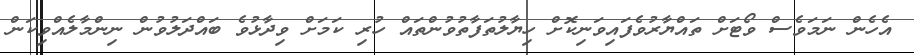
އެހެން ނަމަވެސް ވޯޓަށް ތައްޔާރުވެފައިވަނިކޮށް ހިޔާލުތަފާތުވުންތައް ހުރި ކަމަށް ވިދާޅުވެ ބައްދަލުވުން ނިންމާލެއްވިކަން